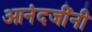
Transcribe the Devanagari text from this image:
आनंदजींनी